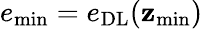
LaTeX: e_{\mathrm{min}}=e_{\mathrm{DL}}(\mathbf{z}_{\mathrm{min}})